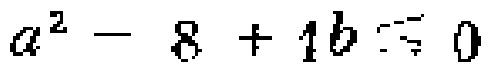
$a^{2}-8 + 1b = 0$